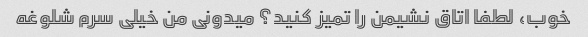
خوب، لطفا اتاق نشیمن را تمیز کنید؟ میدونی من خیلی سرم شلوغه